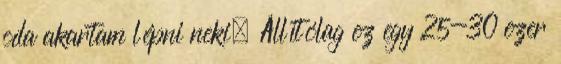
oda akartam lépni neki. Állítólag ez egy 25-30 ezer